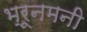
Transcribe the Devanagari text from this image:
भ्रूनमनी